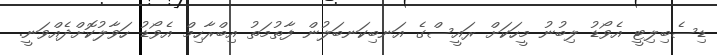
ޑިސެބިލިޓީ އެވޯޑު ލިބުނު މީހަކަށް ރައީސްގެ އަނބިކަނބަލުން ފާތުމަތު އިބްރާހިމް އެވޯޑު ހަވާލުކޮށްދެއްވަނީ.